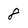
Character: 8